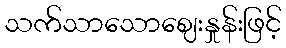
သက်သာသောဈေးနှုန်းဖြင့်